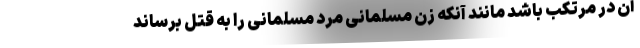
آن در مرتکب باشد مانند آنکه زن مسلمانی مرد مسلمانی را به قتل برساند